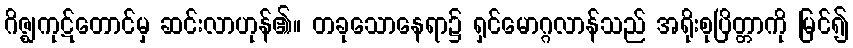
ဂိဇ္ဈကုဋ်တောင်မှ ဆင်းလာဟုန်၏။ တခုသောနေရာ၌ ရှင်မောဂ္ဂလာန်သည် အရိုးစုပြိတ္တာကို မြင်၍